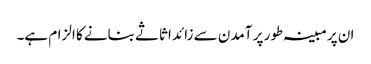
ان پر مبینہ طور پر آمدن سے زائد اثاثے بنانے کا الزام ہے۔